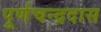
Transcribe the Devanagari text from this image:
पूर्णचन्द्रदास